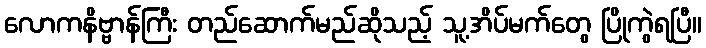
လောကနိဗ္ဗာန်ကြီး တည်ဆောက်မည်ဆိုသည့် သူ့အိပ်မက်တွေ ပြိုကွဲရပြီ။